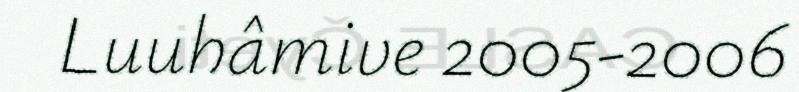
Luuhâmive 2005-2006